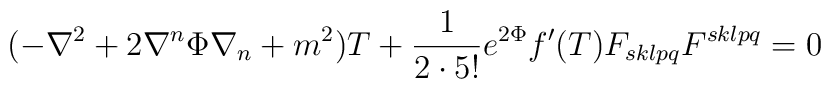
(-\nabla^{2}+2\nabla^{n}\Phi\nabla_{n}+m^{2})T  +\frac{1}{2\cdot5!}e^{2\Phi}f'(T)F_{sklpq}F^{sklpq}=0